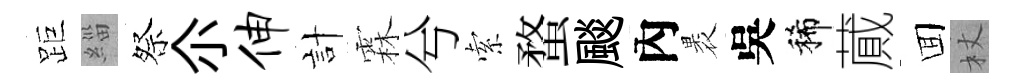
距緇祭尒伸計霖兮索蝥颷內褁吳稀蕆囬杖